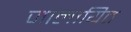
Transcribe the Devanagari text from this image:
जालायित